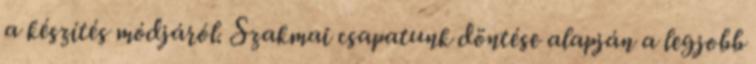
a készítés módjáról. Szakmai csapatunk döntése alapján a legjobb